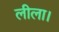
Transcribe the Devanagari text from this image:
लीला।